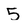
Character: 5